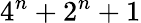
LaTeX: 4^{n}+2^{n}+1